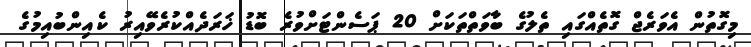
މިގޮތުން އެވަރެޖް ގޮތެއްގައި ތެލުގެ ބާވަތްތަކަށް 20 ޕަސެންޓަށްވުރެ ބޮޑު ޚަރަދެއްކުރެވޭއިރު ކެއިންބުއިމުގެ